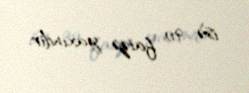
isə 90 faizə yaxındır.